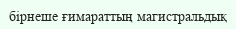
бірнеше ғимараттың магистральдық